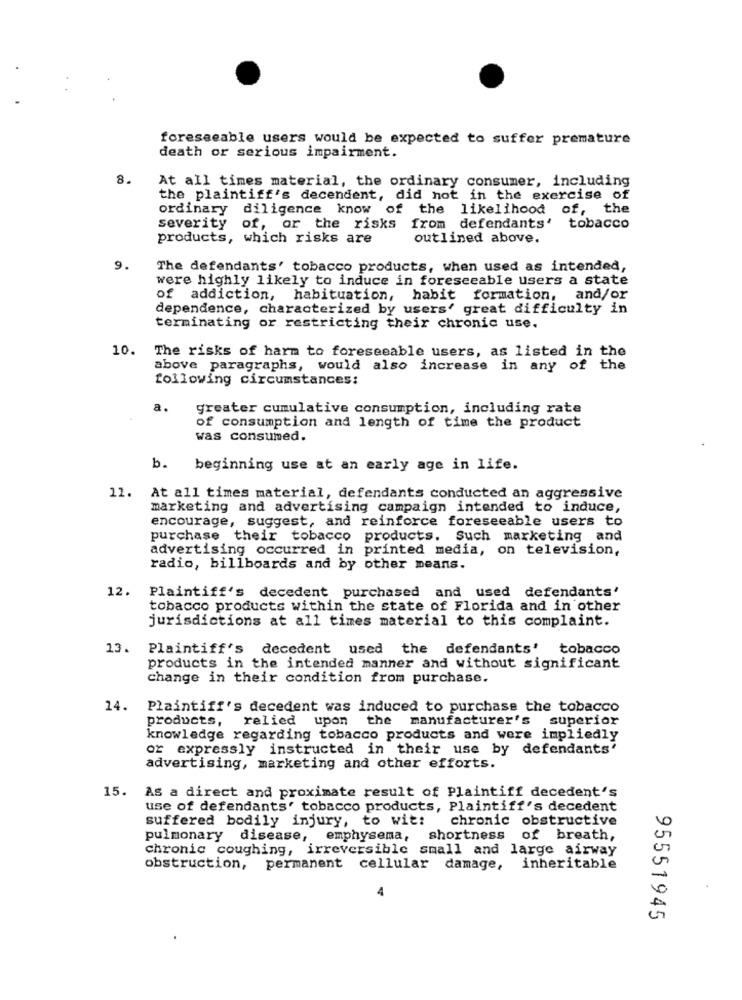
foreseeable users would be expected to suffer premature
death or serious impairment.
8.
At all times material, the ordinary consumer, including
the plaintiff's decendent, did not in the exercise of
ordinary diligence know of the likelihood of, the
severity
of, or the risks from defendants' tobacco
products, which risks are
outlined above.
9.
The defendants' tobacco products, when used as intended,
were highly likely to induce in foreseeable users a state
of addiction, habituation, habit formation,
and/or
dependence, characterized by users' great difficulty in
terminating or restricting their chronic use.
10. The risks of harm to foreseeable users, as listed in the
above paragraphs, would also increase in any of the
following circumstances:
a.
greater cumulative consumption, including rate
of consumption and length of time the product
was consumed.
b.
beginning use at an early age in life.
12. At all times material, defendants conducted an aggressive
marketing and advertising campaign intended to induce,
encourage, suggest, and reinforce foreseeable users to
purchase their tobacco products. Such marketing and
advertising occurred in printed media, on television,
radio, billboards and by other means.
12.
Plaintiff's decedent purchased and used defendants'
tobacco products within the state of Florida and in other
jurisdictions at all times material to this complaint.
13.
Plaintiff's decedent used the defendants' tobacco
products in the intended manner and without significant
change in their condition from purchase.
14.
Plaintiff's decedent was induced to purchase the tobacco
products,
relied upon
the manufacturer's superior
knowledge regarding tobacco products and were impliedly
or expressly instructed in their use by defendants'
advertising, marketing and other efforts.
15. As a direct and proximate result of Plaintiff decedent's
use of defendants' tobacco products, Plaintiff's decedent
suffered bodily injury, to wit:
chronic obstructive
pulmonary disease, emphysema, shortness of breath,
chronic coughing, irreversible small and large airway
obstruction, permanent cellular damage,
inheritable
95551945